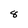
Character: 8